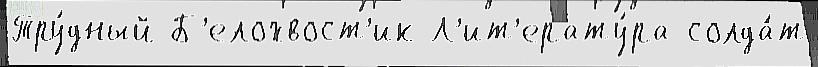
Тру́дный Б'елохвост'ик Л'ит'ерату́ра солда́т